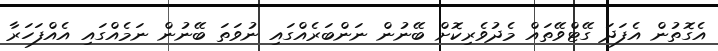
އެގޮތުން އެފަދަ ގޭޓްވޭތައް މެދުވެރިކޮށް ބޭނުން ނަންބަރެއްގައި ނުވަތަ ބޭނުން ނަމެއްގައި އެއްފަހަރާ